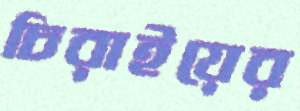
চিরাইয়ের